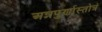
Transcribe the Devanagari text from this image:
अन्नपुर्णास्तोत्रं